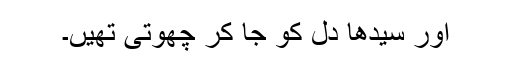
اور سیدھا دل کو جا کر چھوتی تھیں۔